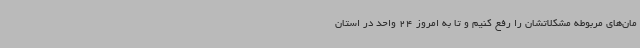
مان‌های مربوطه مشکلاتشان را رفع کنیم و تا به امروز 24 واحد در استان